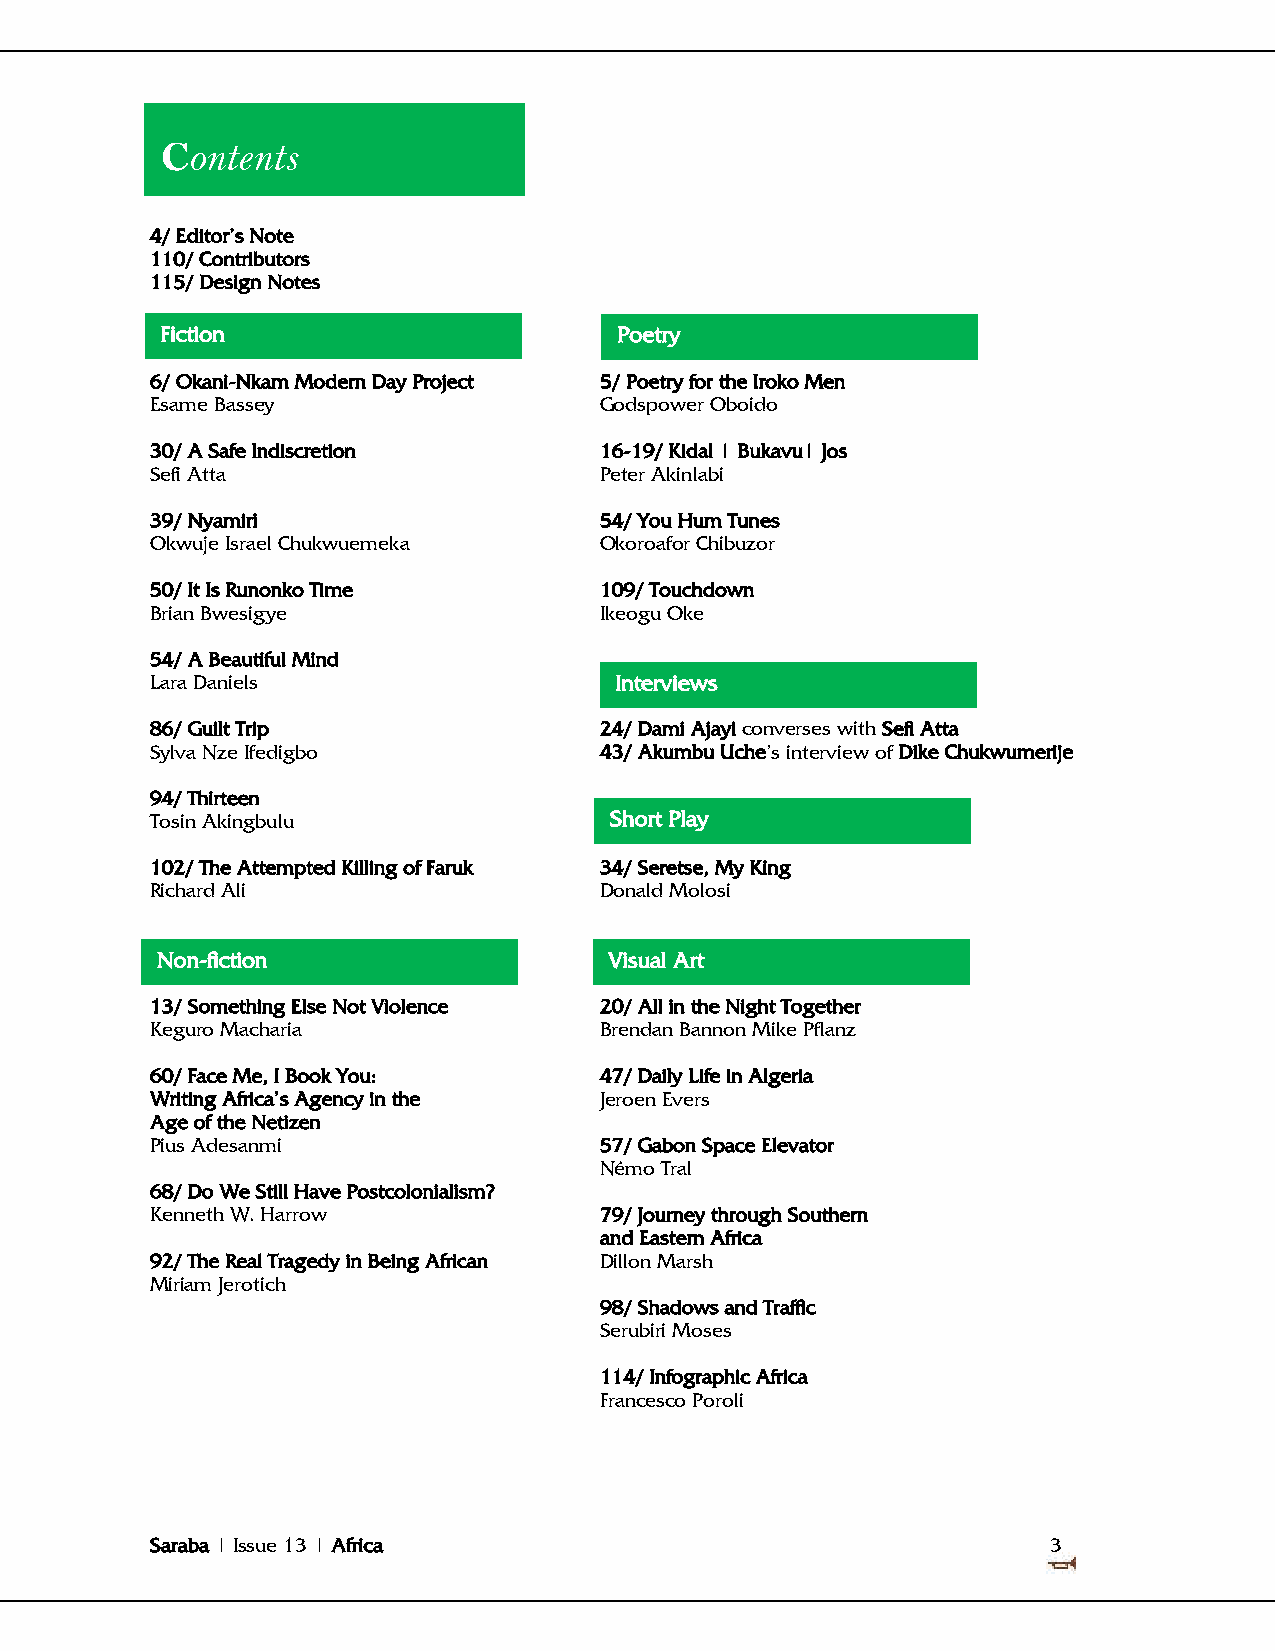
Contents
 4/ Editor‘s Note
 110/ Contributors
 115/ Design Notes
 Fiction                       Poetry
 6/ Okani-Nkam Modern Day Project 5/ Poetry for the Iroko Men
 Esame Bassey                  Godspower Oboido
 30/ A Safe Indiscretion       16-19/ Kidal | Bukavu| Jos
 Sefi Atta                     Peter Akinlabi
 39/ Nyamiri                   54/ You Hum Tunes
 Okwuje Israel Chukwuemeka     Okoroafor Chibuzor
 50/ It Is Runonko Time        109/ Touchdown
 Brian Bwesigye                Ikeogu Oke
 54/ A Beautiful Mind
 Lara Daniels                   Interviews
 86/ Guilt Trip                24/ Dami Ajayi converses with Sefi Atta
 Sylva Nze Ifedigbo            43/ Akumbu Uche‘s interview of Dike Chukwumerije
 94/ Thirteen
 Tosin Akingbulu               Short Play
 102/ The Attempted Killing of Faruk 34/ Seretse, My King
 Richard Ali                   Donald Molosi
 Non-fic tion                  Visual A rt
 13/ Something Else Not Violence 20/ All in the Night Together
 Keguro Macharia               Brendan Bannon Mike Pflanz
 60/ Face Me, I Book You:      47/ Daily Life in Algeria
 Writing Africa‘s Agency in the Jeroen Evers
 Age of the Netizen
 Pius Adesanmi                 57/ Gabon Space Elevator
 Némo Tral
 68/ Do We Still Have Postcolonialism?
 Kenneth W. Harrow             79/ Journey through Southern
 and Eastern Africa
 92/ The Real Tragedy in Being African Dillon Marsh
 Miriam Jerotich
 98/ Shadows and Traffic
 Serubiri Moses
 114/ Infographic Africa
 Francesco Poroli
 Saraba | Issue 13 | Africa                                  3